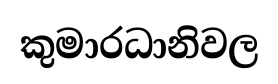
කුමාරධානිවල